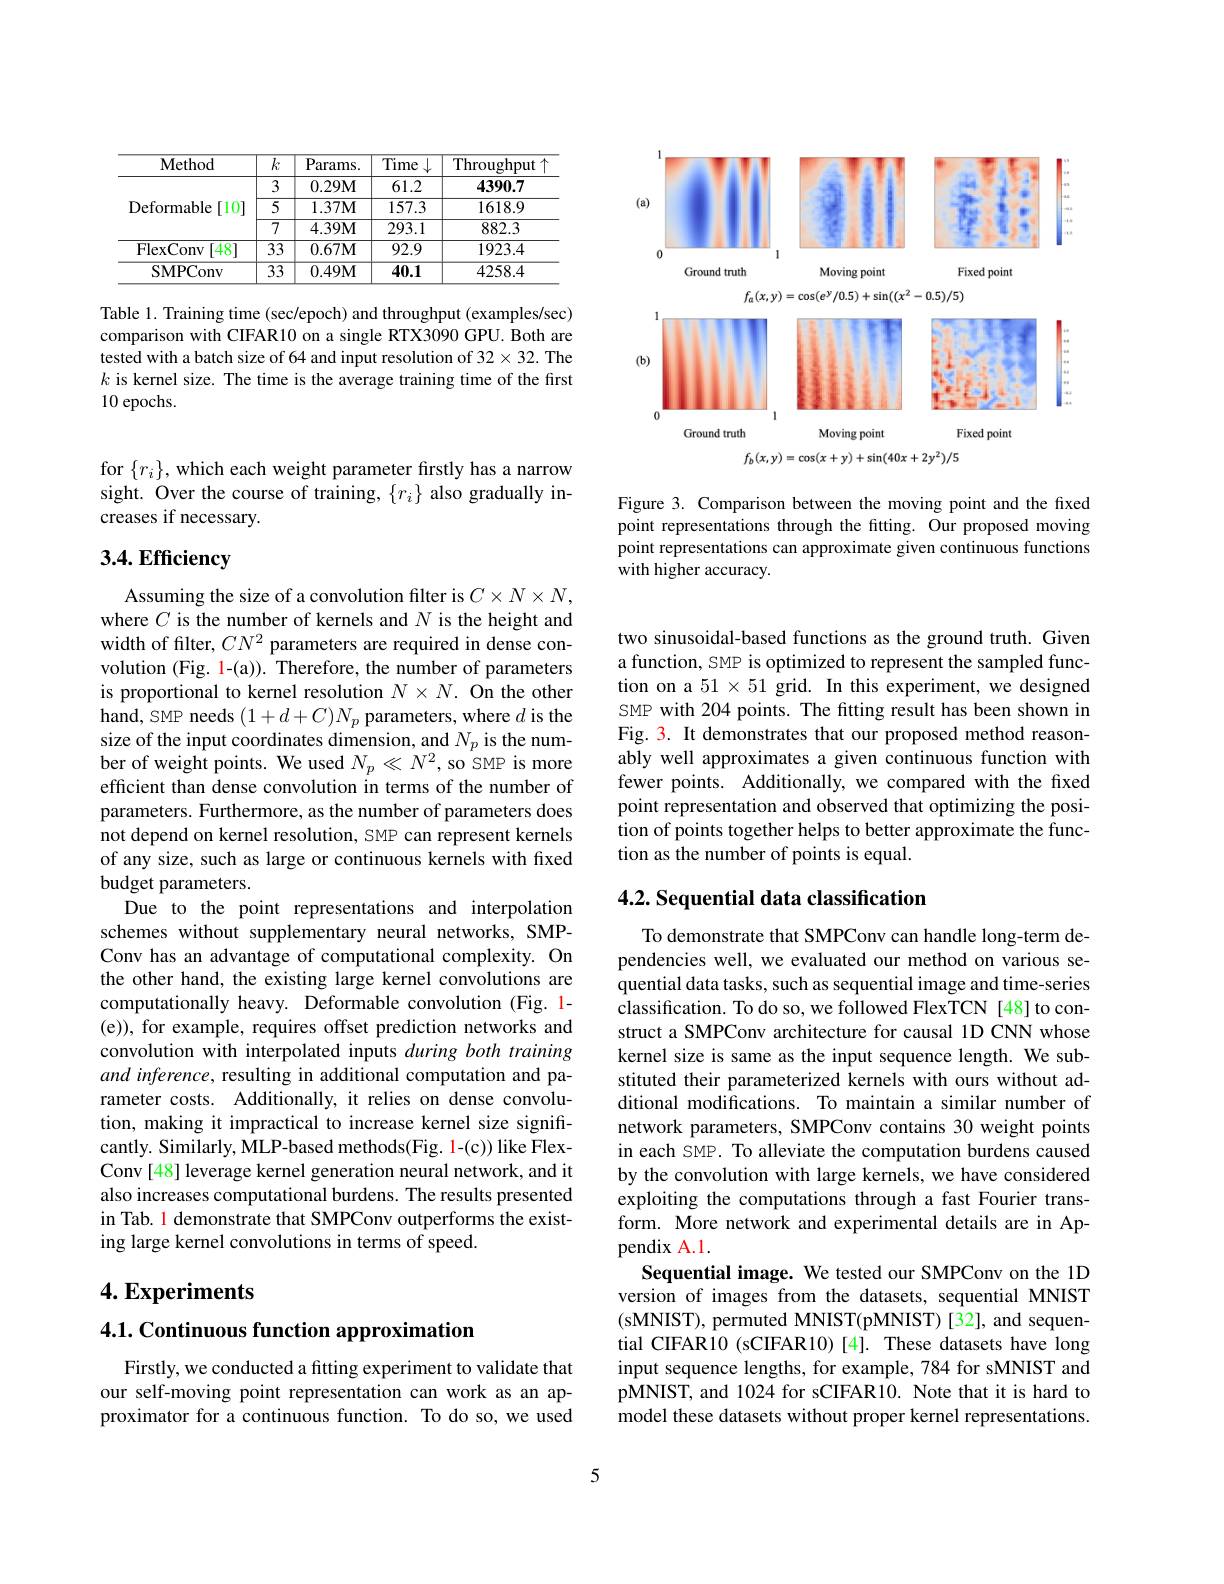
<table>
	<tbody>
		<tr>
			<th>Method</th>
			<th>$\overline{k}$</th>
			<th>Params. </th>
			<th>Time</th>
			<th>Throughput $^{\prime\prime}$</th>
		</tr>
		<tr>
			<td rowspan="3">Deformable [10] 11</td>
			<td>3</td>
			<td>0.29M</td>
			<td>61.2</td>
			<td>4390.7</td>
		</tr>
		<tr>
			<td>$\overline{5}$</td>
			<td>$1.37\mathbf{M}$</td>
			<td>157.3</td>
			<td>1618.9</td>
		</tr>
		<tr>
			<td>$\overline{7}$</td>
			<td>4.39M</td>
			<td>293.1</td>
			<td>882.3</td>
		</tr>
		<tr>
			<td>FlexConv -481</td>
			<td>$\overline{33}$</td>
			<td>$0.67\mathbf{M}$</td>
			<td>92.9</td>
			<td>1923.4</td>
		</tr>
		<tr>
			<td>SMPConv</td>
			<td>$\overline{33}$</td>
			<td>$0.49\mathbf{M}$</td>
			<td>40.1</td>
			<td>4258.4</td>
		</tr>
	</tbody>
</table>

Table 1. Training time (sec/epoch) and throughput (examples/sec) comparison with CIFAR10 on a single RTX3090 GPU. Both are tested with a batch size of 64 and input resolution of 32$\times32.$ The $k$ is kernel size. The time is the average training time of the first 10 epochs.

<FigureHere>

Figure 3. Comparison between the moving point and the fixed point representations through the fitting. Our proposed moving point representations can approximate given continuous functions with higher accuracy.

for $\{r_i\}$,which each weight parameter firstly has a narrow sight. Over the course of training, $\{r_i\}$ also gradually increases if necessary.

# 3.4. Efficiency

Assuming the size of a convolution filter is $C\times N\times N$, where $C$ is the number of kernels and $N$ is the height and width of filter, $CN^2$ parameters are required in dense convolution (Fig. 1-(a)). Therefore, the number of parameters is proportional to kernel resolution $N\times N.$ On the other $hand,SMP$ needs $(1+d+C)N_p$ parameters, where $d$ is the size of the input coordinates dimension, and $N_p$ is the number of weight points. We used $N_p\ll N^2$,so SMP is more efficient than dense convolution in terms of the number of parameters. Furthermore, as the number of parameters does not depend on kernel resolution, SMP can represent kernels of any size, such as large or continuous kernels with fixed budget parameters.
Due to the point representations and interpolation schemes without supplementary neural networks, SMPConv has an advantage of computational complexity. On the other hand, the existing large kernel convolutions are computationally heavy. Deformable convolution (Fig. 1- (e)), for example, requires offset prediction networks and convolution with interpolated inputs during both training and inference, resulting in additional computation and parameter costs. Additionally, it relies on dense convolution, making it impractical to increase kernel size signifrcantly. Similarly, MLP-based methods(Fig. 1-(c)) like FlexConv [48] leverage kernel generation neural network, and it also increases computational burdens. The results presented in Tab. 1 demonstrate that SMPConv outperforms the existing large kernel convolutions in terms of speed.

$4. \textbf{Experiments}$

4.1. Continuous function approximation

Firstly, we conducted a fitting experiment to validate that our self-moving point representation can work as an approximator for a continuous function. To do so, we used

two sinusoidal-based functions as the ground truth. Given a function, SMP is optimized to represent the sampled function on a $51\times51$ grid. In this experiment, we designed SMP with 204 points. The fitting result has been shown in Fig. 3. It demonstrates that our proposed method reasonably well approximates a given continuous function with fewer points. Additionally, we compared with the fixed point representation and observed that optimizing the position of points together helps to better approximate the function as the number of points is equal.

## 4.2. Sequential data classification

To demonstrate that SMPConv can handle long-term dependencies well, we evaluated our method on various sequential data tasks, such as sequential image and time-series classification. To do so, we followed FlexTCN [48] to construct a SMPConv architecture for causal 1D CNN whose kernel size is same as the input sequence length. We substituted their parameterized kernels with ours without additional modifications. To maintain a similar number of network parameters, SMPConv contains 30 weight points in each SMP. To alleviate the computation burdens caused by the convolution with large kernels, we have considered exploiting the computations through a fast Fourier transform. More network and experimental details are in Appendix A.1.
Sequential image. We tested our SMPConv on the 1D version of images from the datasets, sequential MNIST (sMNIST), permuted MNIST(pMNIST) [32], and sequential CIFAR10 (sCIFAR10) [4]. These datasets have long input sequence lengths, for example, 784 for sMNIST and pMNIST, and 1024 for sCIFAR10. Note that it is hard to model these datasets without proper kernel representations.

5